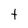
Character: t